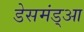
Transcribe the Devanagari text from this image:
डेसमंड्आ